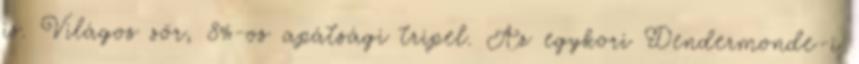
is. Világos sör, 8%-os apátsági tripel. Az egykori Dendermonde-i